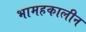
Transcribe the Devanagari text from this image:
भामहकालीन